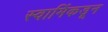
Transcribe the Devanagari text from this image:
स्वामिंकडून